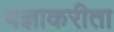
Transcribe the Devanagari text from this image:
यज्ञाकरीता